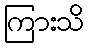
ကြားသိ